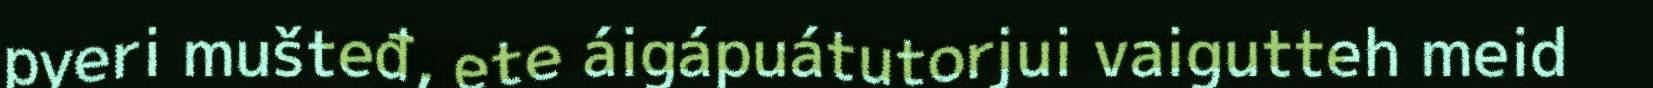
pyeri mušteđ, ete áigápuátutorjui vaigutteh meid